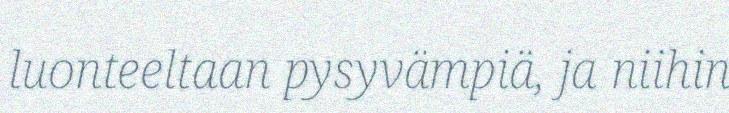
luonteeltaan pysyvämpiä, ja niihin